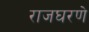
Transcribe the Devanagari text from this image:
राजघरणे